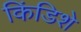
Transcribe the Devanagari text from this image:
किंडिशे